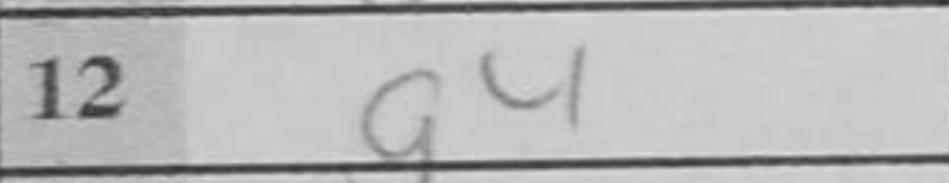
Transcription: g4